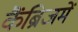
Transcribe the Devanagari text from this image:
कैंब्रिजमें